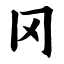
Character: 冈